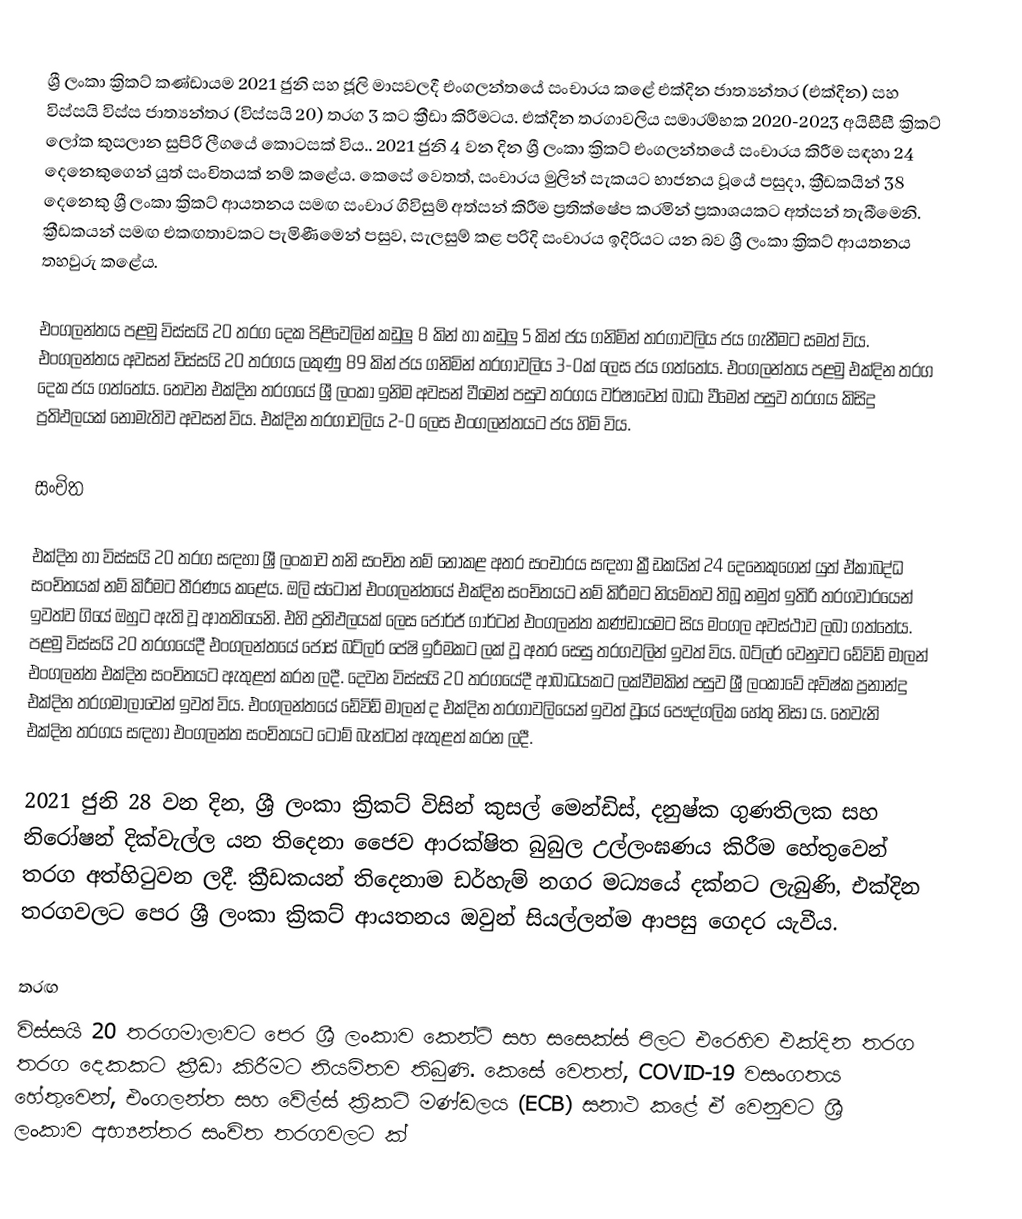
ශ්‍රී ලංකා ක්‍රිකට් කණ්ඩායම 2021 ජුනි සහ ජූලි මාසවලදී එංගලන්තයේ සංචාරය කළේ එක්දින ජාත්‍යන්තර (එක්දින) සහ විස්සයි විස්ස ජාත්‍යන්තර (විස්සයි 20) තරග 3 කට ක්‍රීඩා කිරීමටය. එක්දින තරගාවලිය සමාරම්භක 2020-2023 අයිසීසී ක්‍රිකට් ලෝක කුසලාන සුපිරි ලීගයේ කොටසක් විය.. 2021 ජුනි 4 වන දින ශ්‍රී ලංකා ක්‍රිකට් එංගලන්තයේ සංචාරය කිරීම සඳහා 24 දෙනෙකුගෙන් යුත් සංචිතයක් නම් කළේය. කෙසේ වෙතත්, සංචාරය මුලින් සැකයට භාජනය වූයේ පසුදා, ක්‍රීඩකයින් 38 දෙනෙකු ශ්‍රී ලංකා ක්‍රිකට් ආයතනය සමඟ සංචාර ගිවිසුම් අත්සන් කිරීම ප්‍රතික්ෂේප කරමින් ප්‍රකාශයකට අත්සන් තැබීමෙනි. ක්‍රීඩකයන් සමඟ එකඟතාවකට පැමිණීමෙන් පසුව, සැලසුම් කළ පරිදි සංචාරය ඉදිරියට යන බව ශ්‍රී ලංකා ක්‍රිකට් ආයතනය තහවුරු කළේය.

එංගලන්තය පළමු විස්සයි 20 තරග දෙක පිළිවෙලින් කඩුලු 8 කින් හා කඩුලු 5 කින් ජය ගනිමින් තරගාවලිය ජය ගැනීමට සමත් විය. එංගලන්තය අවසන් විස්සයි 20 තරගය ලකුණු 89 කින් ජය ගනිමින් තරගාවලිය 3-0ක් ලෙස ජය ගත්තේය. එංගලන්තය පළමු එක්දින තරග දෙක ජය ගත්තේය. තෙවන එක්දින තරගයේ ශ්‍රී ලංකා ඉනිම අවසන් වීමෙන් පසුව තරගය වර්ෂාවෙන් බාධා වීමෙන් පසුව තරගය කිසිදු ප්‍රතිඵලයක් නොමැතිව අවසන් විය.  එක්දින තරගාවලිය 2-0 ලෙස එංගලන්තයට ජය හිමි විය.

සංචිත

එක්දින හා විස්සයි 20 තරග සඳහා ශ්‍රී ලංකාව තනි සංචිත නම් නොකළ අතර සංචාරය සඳහා ක්‍රීඩකයින් 24 දෙනෙකුගෙන් යුත් ඒකාබද්ධ සංචිතයක් නම් කිරීමට තීරණය කළේය. ඔලි ස්ටෝන් එංගලන්තයේ එක්දින සංචිතයට නම් කිරීමට නියමිතව තිබූ නමුත් ඉතිරි තරගවාරයෙන් ඉවත්ව ගියේ ඔහුට ඇති වූ ආතතියෙනි. එහි ප්‍රතිඵලයක් ලෙස ජෝර්ජ් ගාර්ටන් එංගලන්ත කණ්ඩායමට සිය මංගල අවස්ථාව ලබා ගත්තේය. පළමු විස්සයි 20 තරගයේදී එංගලන්තයේ ජොස් බට්ලර් පේෂි ඉරීමකට ලක් වූ අතර සෙසු තරගවලින් ඉවත් විය. බට්ලර් වෙනුවට ඩේවිඩ් මාලන් එංගලන්ත එක්දින සංචිතයට ඇතුළත් කරන ලදී. දෙවන විස්සයි 20 තරගයේදී ආබාධයකට ලක්වීමකින් පසුව ශ්‍රී ලංකාවේ අවිෂ්ක ප්‍රනාන්දු එක්දින තරගමාලාවෙන් ඉවත් විය. එංගලන්තයේ ඩේවිඩ් මාලන් ද එක්දින තරගාවලියෙන් ඉවත් වූයේ පෞද්ගලික හේතු නිසා ය. තෙවැනි එක්දින තරගය සඳහා එංගලන්ත සංචිතයට ටොම් බැන්ටන් ඇතුළත් කරන ලදී.

2021 ජුනි 28 වන දින, ශ්‍රී ලංකා ක්‍රිකට් විසින් කුසල් මෙන්ඩිස්, දනුෂ්ක ගුණතිලක සහ නිරෝෂන් දික්වැල්ල යන තිදෙනා ජෛව ආරක්ෂිත බුබුල උල්ලංඝණය කිරීම හේතුවෙන් තරග අත්හිටුවන ලදී. ක්‍රීඩකයන් තිදෙනාම ඩර්හැම් නගර මධ්‍යයේ දක්නට ලැබුණි, එක්දින තරගවලට පෙර ශ්‍රී ලංකා ක්‍රිකට් ආයතනය ඔවුන් සියල්ලන්ම ආපසු ගෙදර යැවීය.

තරඟ
විස්සයි 20 තරගමාලාවට පෙර ශ්‍රී ලංකාව කෙන්ට් සහ සසෙක්ස් පිලට එරෙහිව එක්දින තරග තරග දෙකකට ක්‍රීඩා කිරීමට නියමිතව තිබුණි. කෙසේ වෙතත්, COVID-19 වසංගතය හේතුවෙන්, එංගලන්ත සහ වේල්ස් ක්‍රිකට් මණ්ඩලය (ECB) සනාථ කළේ ඒ වෙනුවට ශ්‍රී ලංකාව අභ්‍යන්තර සංචිත තරගවලට ක්‍